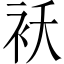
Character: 袄